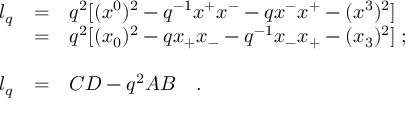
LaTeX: \begin{array} { l l l } { { l _ { q } } } & { { = } } & { { q ^ { 2 } [ ( x ^ { 0 } ) ^ { 2 } - q ^ { - 1 } x ^ { + } x ^ { - } - q x ^ { - } x ^ { + } - ( x ^ { 3 } ) ^ { 2 } ] } } \\ { { \, } } & { { = } } & { { q ^ { 2 } [ ( x _ { 0 } ) ^ { 2 } - q x _ { + } x _ { - } - q ^ { - 1 } x _ { - } x _ { + } - ( x _ { 3 } ) ^ { 2 } ] \; ; } } \\ { { \, } } & { { \, } } & { { \, } } \\ { { l _ { q } } } & { { = } } & { { C D - q ^ { 2 } A B \quad . } } \end{array}